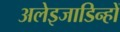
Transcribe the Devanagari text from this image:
अलेइजाडिन्हों